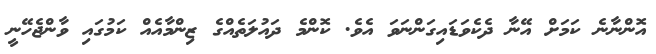
އޮންނާނެ ކަމަށް އޭނާ ދެކެވަޑައިގަންނަވަ އެވެ. ކޮންމެ ދައުލަތެއްގެ ޒިންމާއެއް ކަމުގައި ވާންޖެހޭނީ